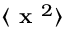
\langle \textbf { x } ^ { 2 } \rangle